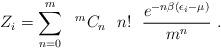
LaTeX: \begin{align*}Z_{i}=\sum_{n=0}^{m} \ \ {}^{m}C_{n} \ \ n! \ \ \frac{e^{-n \beta(\epsilon_{i}-\mu)}}{m^{n}} \ .\end{align*}